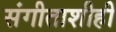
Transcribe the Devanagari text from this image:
संगीताशीही